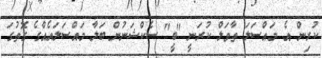
ކުރިން އެ މައްސަލަ ތާވަލް ކުރަނީ "ބީ" ސެކްޝަނުން ބަލާ މައްސަލައެއްގެ ގޮތުގަ